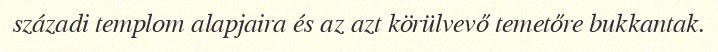
századi templom alapjaira és az azt körülvevő temetőre bukkantak.